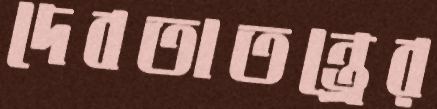
দেবতাতন্ত্রের